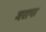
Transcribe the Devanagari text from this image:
गरापा